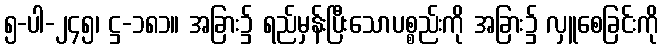
၅-ပါ-၂၄၅၊ ဋ္ဌ-၁၈၁။ အခြား၌ ရည်မှန်းပြီးသောပစ္စည်းကို အခြား၌ လှူစေခြင်းကို